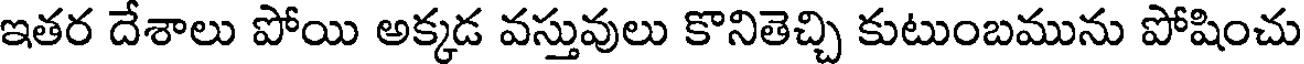
ఇతర దేశాలు పోయి అక్కడ వస్తువులు కొనితెచ్చి కుటుంబమును పోషించు